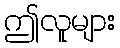
ဤလူများ